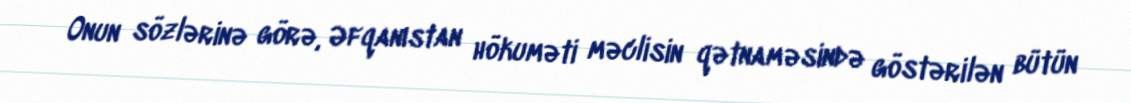
Onun sözlərinə görə, Əfqanıstan hökuməti məclisin qətnaməsində göstərilən bütün